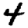
Digit: 4